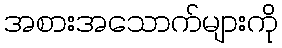
အစားအသောက်များကို